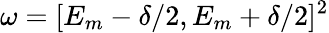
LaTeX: \omega=[E_{m}-\delta/2,E_{m}+\delta/2]^{2}